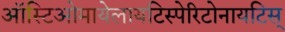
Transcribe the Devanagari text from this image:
ऑस्टिओमायेलायटिस्पेरिटोनायटिस्